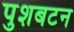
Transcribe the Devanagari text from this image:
पुशबटन